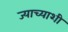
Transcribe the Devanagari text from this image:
ज्याच्याशी